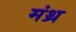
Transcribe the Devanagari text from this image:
मंथ्र